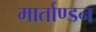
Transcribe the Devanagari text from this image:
मार्ताण्डन